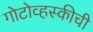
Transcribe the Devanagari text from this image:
गोटोव्हस्कीची